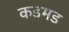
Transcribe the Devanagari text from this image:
कडमड